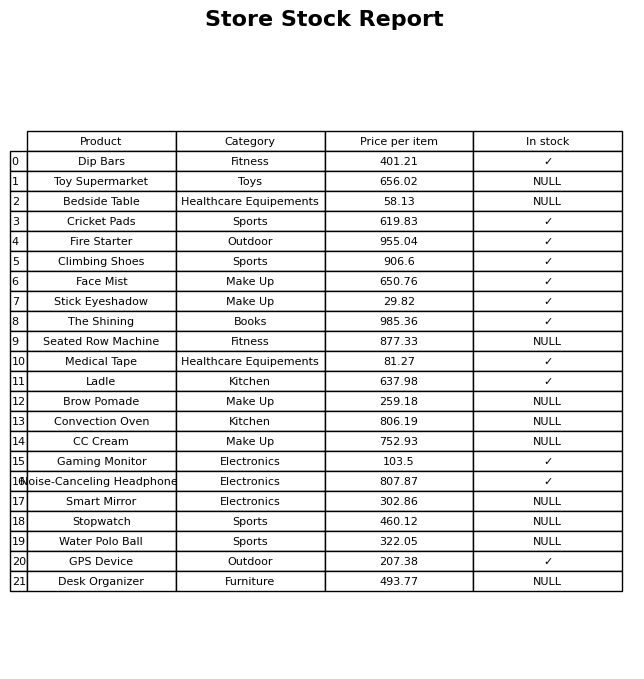
question: What is the price for Desk Organizer?
answer: The price of Desk Organizer is 493.77.